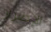
الإصرار